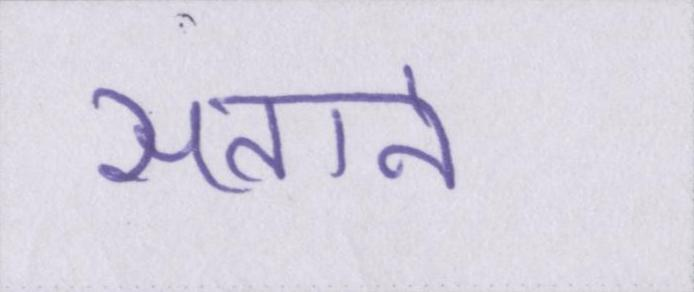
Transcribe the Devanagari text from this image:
सताने